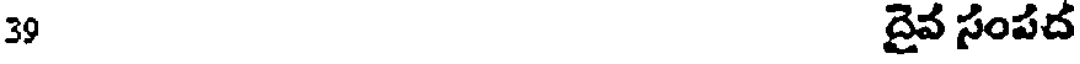
39 దైవ సంపద